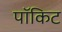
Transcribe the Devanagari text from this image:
पॉकिट